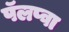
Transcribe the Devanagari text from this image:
पॅलप्वा